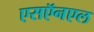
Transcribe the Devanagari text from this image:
एसऍनएल